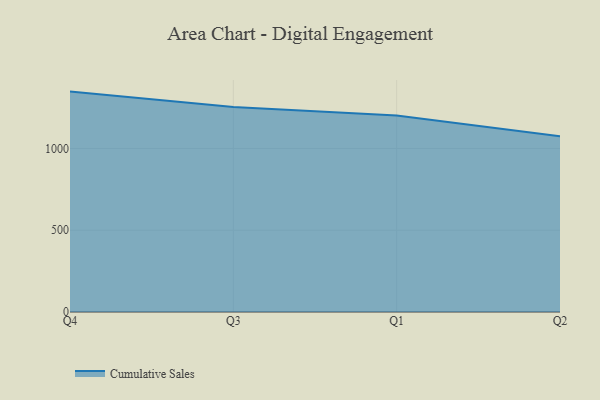
{"axis": {"x": "Quarter", "y": "Production Output"}, "legend": ["Cumulative Sales"], "data": [{"x": "Q4", "y": 1347.8, "type": "Cumulative Sales"}, {"x": "Q3", "y": 1253.4, "type": "Cumulative Sales"}, {"x": "Q1", "y": 1201.2, "type": "Cumulative Sales"}, {"x": "Q2", "y": 1074.7, "type": "Cumulative Sales"}]}